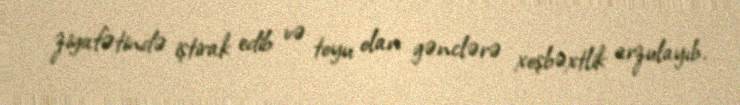
ziyafətində iştirak edib və toyu olan gənclərə xoşbəxtlik arzulayıb.